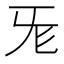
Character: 𣄭